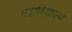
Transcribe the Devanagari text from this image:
महाविद्याल्य